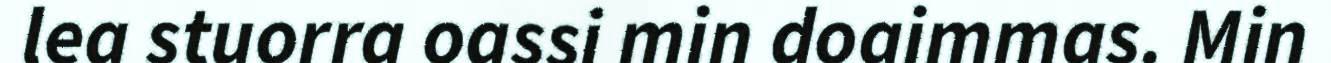
lea stuorra oassi min doaimmas. Min